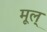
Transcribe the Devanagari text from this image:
मूल्